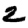
Digit: 2